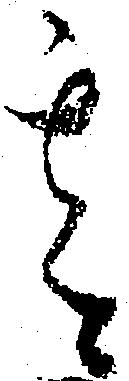
其